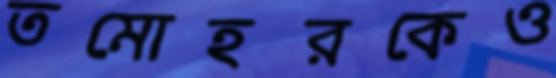
তমোহরকেও